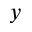
y